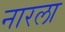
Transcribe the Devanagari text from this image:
नारला